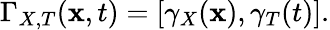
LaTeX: \Gamma_{X,T}(\mathbf{x},t)=[\gamma_{X}(\mathbf{x}),\gamma_{T}(t)].